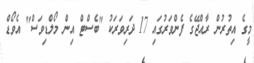
މީގެ އިތުރުން ރާއްޖޭގެ ފެންވަރުގައި 17 ދަރިވަރަކު "ބެސްޓް އިން މޯލްޑިވަސް" އެވޯޑް